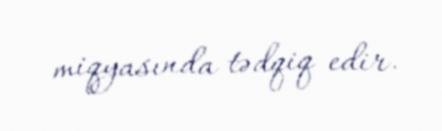
miqyasında tədqiq edir.